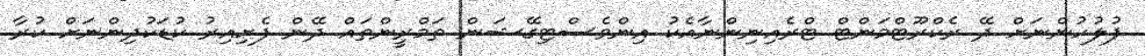
ފުލުހުންނަށް ދޭ ރެކްރޫޓްމަންޓް ޓްރެއިނިންނާއެކު އިންވެސްޓިގޭޝަން ތަމްރީންތައް ދޭން ފެށިއިރު ކުޑަކުދިންނަށް ކުރާ